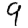
Digit: 9